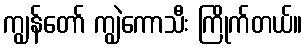
ကျွန်တော် ကျွဲကောသီး ကြိုက်တယ်။